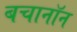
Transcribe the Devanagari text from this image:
बचानॉन